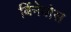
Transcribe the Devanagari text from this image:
बिंनेबोस